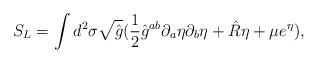
LaTeX: \begin{align*}S_{L}= \int d^{2}\sigma \sqrt{\hat{g}}(\frac{1}{2} {\hat{g}}^{ab}\partial_{a}\eta \partial_{b}\eta +\hat{R}\eta +\mu e^{\eta}),\end{align*}